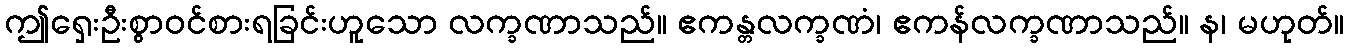
ဤရှေးဦးစွာဝင်စားရခြင်းဟူသော လက္ခဏာသည်။ ဧကန္တလက္ခဏံ၊ ဧကန်လက္ခဏာသည်။ န၊ မဟုတ်။